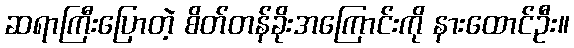
ဆရာကြီးပြောတဲ့ စိတ်တန်ခိုးအကြောင်းကို နားထောင်ဦး။